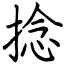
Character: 捻